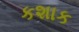
કશાક